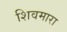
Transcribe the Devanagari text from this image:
शिवमारा